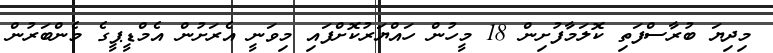
މިދިޔަ ބުރާސްފަތި ކޮލަމާފުށިން 18 މީހުން ހައްޔަރުކޮށްފައި މިވަނީ އެރަށުން އެމްޑީޕީގެ މެންބަރުން